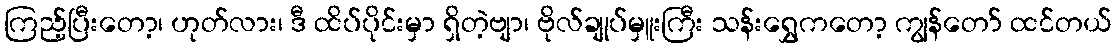
ကြည့်ပြီးတော့၊ ဟုတ်လား၊ ဒီ ထိပ်ပိုင်းမှာ ရှိတဲ့ဗျာ၊ ဗိုလ်ချုပ်မှူးကြီး သန်းရွှေကတော့ ကျွန်တော် ထင်တယ်